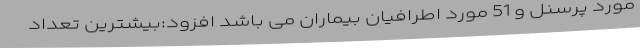
مورد پرسنل و 51 مورد اطرافیان بیماران می باشد افزود:بیشترین تعداد